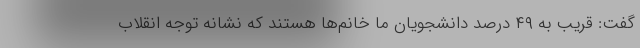
گفت: قریب به ۴۹ درصد دانشجویان ما خانم‌ها هستند که نشانه توجه انقلاب